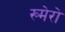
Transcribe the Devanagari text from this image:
ख्मेरो